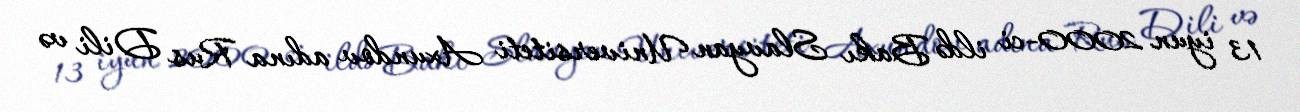
13 iyun 2000-ci ildə Bakı Slavyan Universiteti Axundov adına Rus Dili və